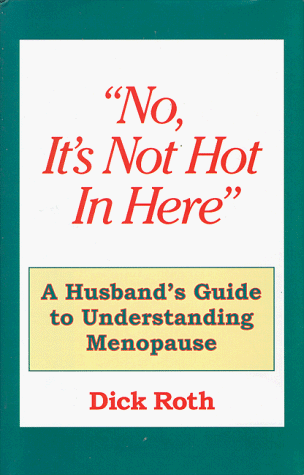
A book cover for "No, It's Not Hot In Here" , A Husbands Guide to Menopause; Dick Roth; Health, Fitness & Dieting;